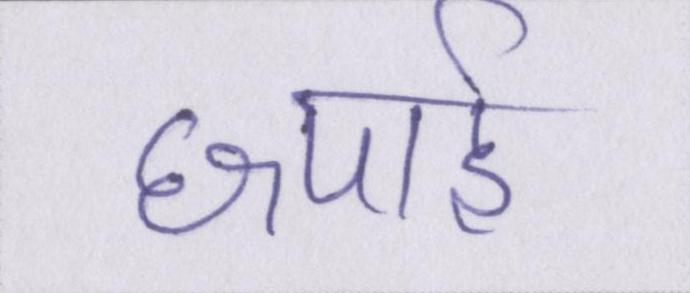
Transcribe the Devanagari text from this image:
छपाई